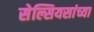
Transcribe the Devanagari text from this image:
सेल्सियसांच्या